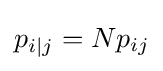
p_{i\mid j}=Np_{ij}